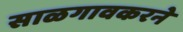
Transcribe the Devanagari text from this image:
साळगावकरने